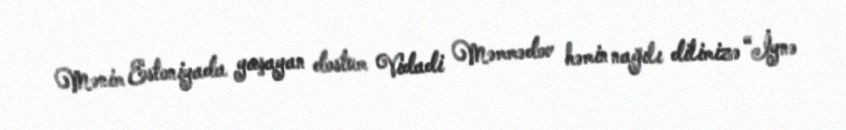
Mənim Estoniyada yaşayan dostum Vidadi Məmmədov həmin nağılı dilimizə “İynə